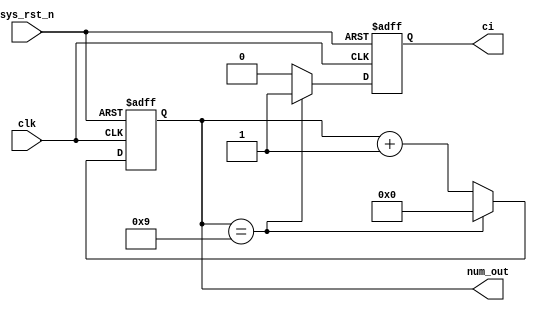
//
//simplified counter
//num_out = 0~9
module s_counter (clk,sys_rst_n,num_out,ci);

//declare input
input clk;
input sys_rst_n;

//declare output
output [3:0] num_out;
output ci;

//declare reg
reg [3:0] num_out;
reg ci;

always @(posedge clk or negedge sys_rst_n)
begin
	if(!sys_rst_n)
	begin
		num_out <= 4'd0;
		ci <= 0;
	end
	else
	begin
		if(num_out == 9)
		begin
			num_out <= 4'd0;
			ci <= 1;
		end
		else
		begin
			num_out <= num_out + 1;
			ci <= 0;
		end
	end
end
endmodule